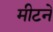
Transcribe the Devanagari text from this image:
मीटने